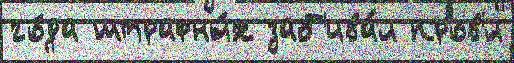
го́да штрафны́х заб'ива́л пров'́л